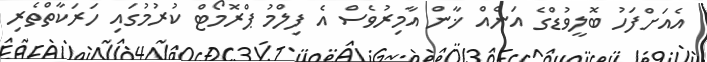
އެއަށްފަހު ބޮލީވުޑްގެ އަނެއް ޚާން އާމިރުވެސް އެ ފިލްމު ޕްރޮމޯޓް ކުރުމުގައި ހަރަކާތްތެރި